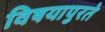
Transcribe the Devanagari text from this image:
विषयापुरते